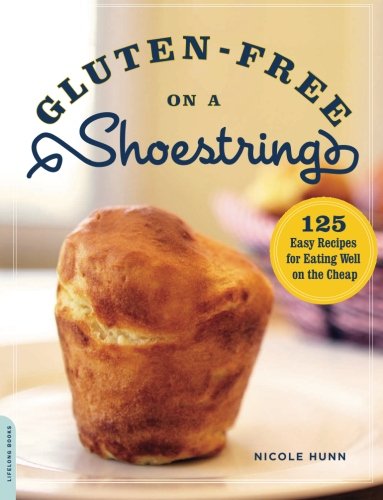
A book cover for Gluten-Free on a Shoestring: 125 Easy Recipes for Eating Well on the Cheap; Nicole Hunn; Cookbooks, Food & Wine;